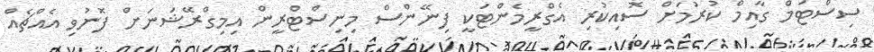
ސިސްޓަމް ގާއިމް ކުރުމަށް ސޮއިކުރި އެގްރީމެންޓަކީ ފިނޭންސް މިނިސްޓްރީން އިމިގްރޭޝަނަށް ފޮނުވި އެއްޗެއް